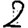
Digit: 2